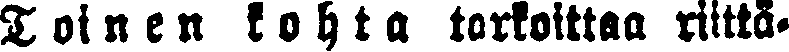
Toinen kohta tarkoittaa riittä.